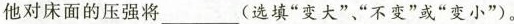
他对床面的压强将___(选填”变大””不变”或”变小”)。